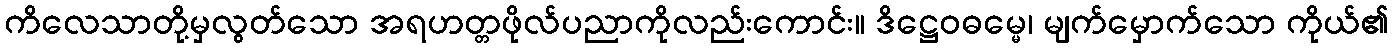
ကိလေသာတို့မှလွတ်သော အရဟတ္တဖိုလ်ပညာကိုလည်းကောင်း။ ဒိဋ္ဌေဝဓမ္မေ၊ မျက်မှောက်သော ကိုယ်၏